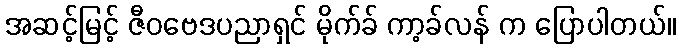
အဆင့်မြင့် ဇီဝဗေဒပညာရှင် မိုက်ခ် ကာ့ခ်လန် က ပြောပါတယ်။